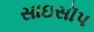
સાઇસૉપ